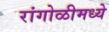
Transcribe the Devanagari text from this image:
रांगोळीमध्ये